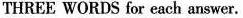
THREE WORDS for each answer.